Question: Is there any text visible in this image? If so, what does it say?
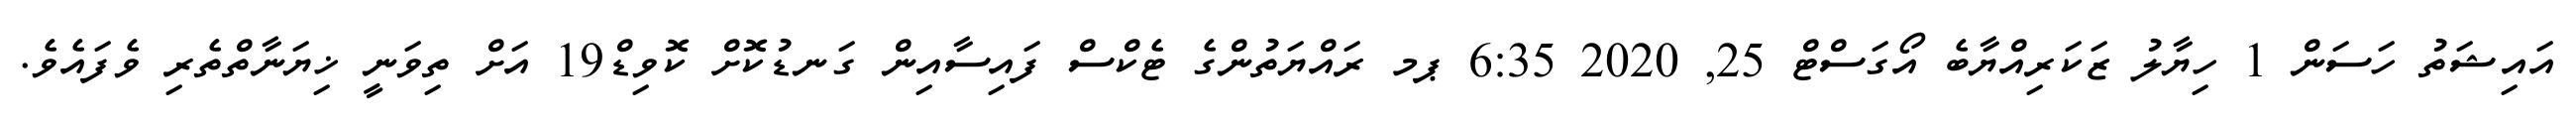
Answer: އައިޝަތު ހަސަން 1 ހިޔާލު ޒަކަރިއްޔާބެ އޯގަސްޓް 25, 2020 6:35 ޕމ ރައްޔަތުންގެ ޓެކްސް ފައިސާއިން ގަނޑުކޮށް ކޮވިޑް19 އަށް ތިވަނީ ޚިޔަނާތްތެރި ވެފައެވެ.